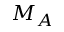
M _ { A }